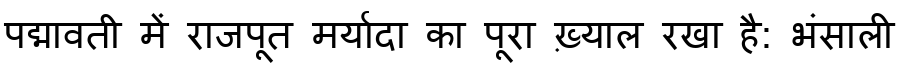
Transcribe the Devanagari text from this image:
पद्मावती में राजपूत मर्यादा का पूरा ख़्याल रखा है: भंसाली